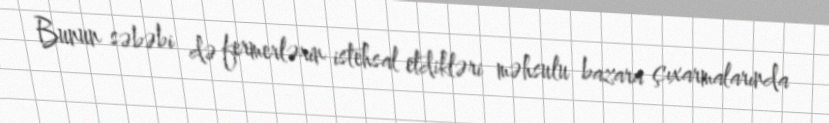
Bunun səbəbi də fermerlərin istehsal etdikləri məhsulu bazara çıxarmalarında